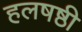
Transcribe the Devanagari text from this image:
हलषष्ठी